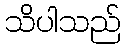
သိပါသည်